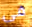
فى